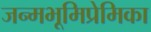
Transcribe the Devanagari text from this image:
जन्मभूमिप्रेमिका